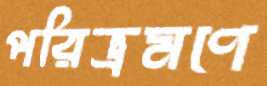
পরিভ্রমণে